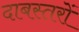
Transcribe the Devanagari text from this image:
दाबस्तरों